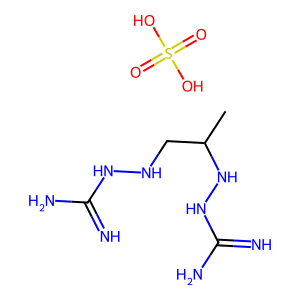
SMILES: CC(CNNC(=N)N)NNC(=N)N.O=S(=O)(O)O
Inhibits HIV replication: No